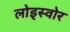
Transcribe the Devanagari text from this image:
लोड्स्वोर